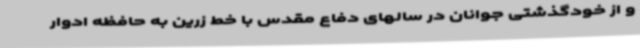
و از خودگذشتی جوانان در سالهای دفاع مقدس با خط زرین به حافظه ادوار